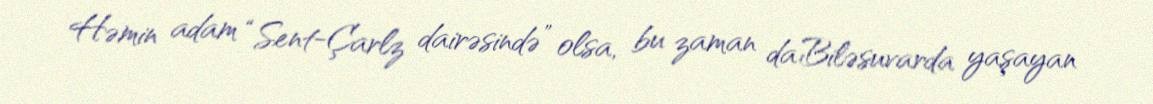
Həmin adam “Sent-Çarlz dairəsində” olsa, bu zaman da Biləsuvarda yaşayan